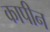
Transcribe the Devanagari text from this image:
कापीन